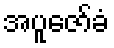
အပူဇော်ခံ